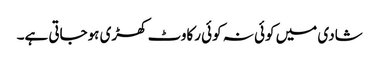
شادی میں کوئی نہ کوئی رکاوٹ کھڑی ہوجاتی ہے۔